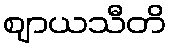
ဈာယသီတိ